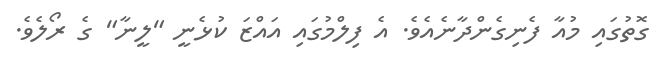
ގޮތުގައި މުއާ ފެނިގެންދާނެއެވެ. އެ ފިލްމުގައި އައްޒަ ކުޅެނީ "ލީނާ" ގެ ރޯލެވެ.